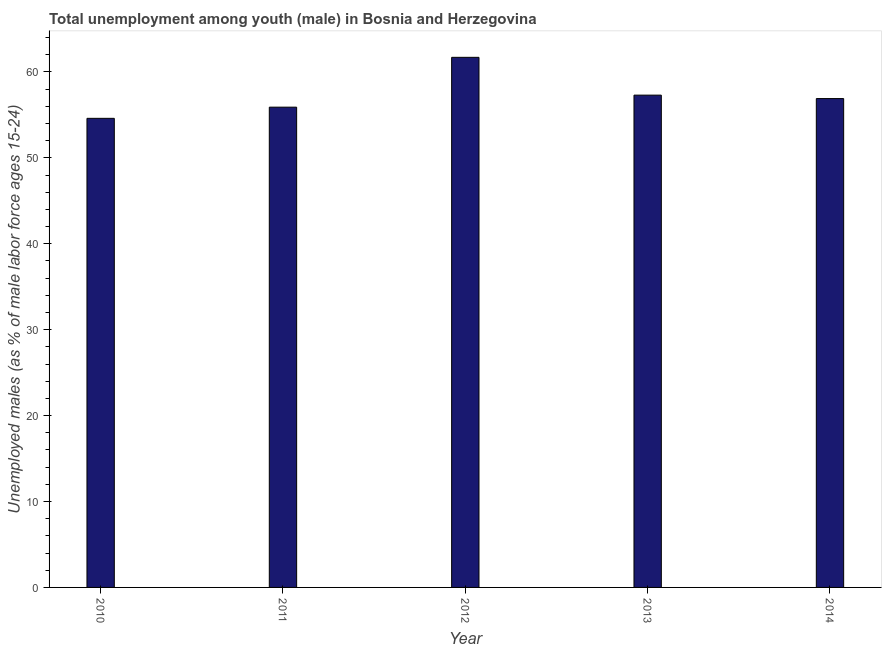
| Year | Unemployment |
 | --- | --- |
 | 2010 | 54.6 |
 | 2011 | 55.9 |
 | 2012 | 61.7 |
 | 2013 | 57.3 |
 | 2014 | 56.9 |